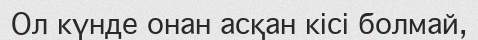
Ол күнде онан асқан кісі болмай,